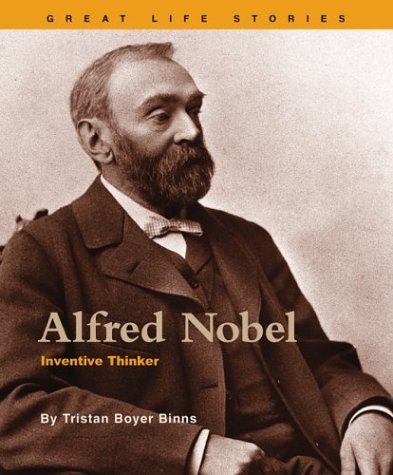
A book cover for Alfred Nobel: Inventive Thinker (Great Life Stories: Inventors and Scientists); Tristan Boyer Binns; Teen & Young Adult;